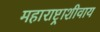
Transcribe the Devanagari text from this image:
महाराष्ट्राशीवाय